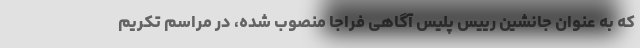
که به عنوان جانشین رییس پلیس آگاهی فراجا منصوب شده، در مراسم تکریم